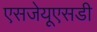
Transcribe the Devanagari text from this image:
एसजेयूएसडी